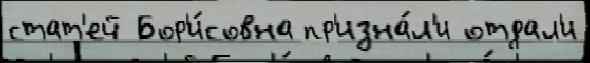
стат'ей Бор'и́совна пр'изна́л'и отдал'и